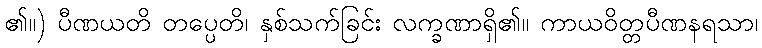
၏။) ပီဏယတိ တပ္ပေတိ၊ နှစ်သက်ခြင်း လက္ခဏာရှိ၏။ ကာယဝိတ္တပီဏနရသာ၊